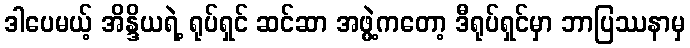
ဒါပေမယ့် အိန္ဒိယရဲ့ ရုပ်ရှင် ဆင်ဆာ အဖွဲ့ကတော့ ဒီရုပ်ရှင်မှာ ဘာပြဿနာမှ